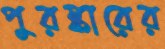
পুরষ্কারের